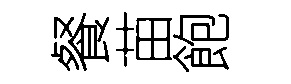
餐苗飽